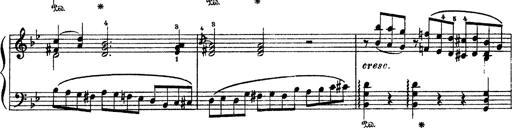
Title: Sarabande und Chaconne aus dem Singspiel
Composer: Franz Liszt